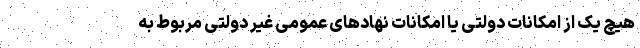
هیچ یک از امکانات دولتی یا امکانات نهادهای عمومی غیر دولتی مربوط به